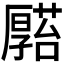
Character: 𠫆